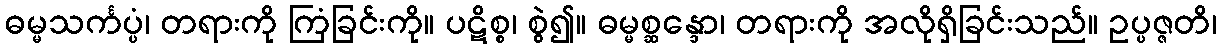
ဓမ္မသင်္ကပ္ပံ၊ တရားကို ကြံခြင်းကို။ ပဋိစ္စ၊ စွဲ၍။ ဓမ္မစ္ဆန္ဒော၊ တရားကို အလိုရှိခြင်းသည်။ ဥပ္ပဇ္ဇတိ၊